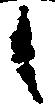
之